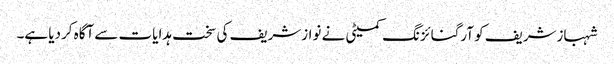
شہبازشریف کو آرگنائزنگ کمیٹی نے نوازشریف کی سخت ہدایات سے آگاہ کردیا ہے۔